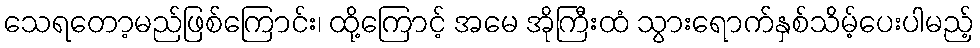
သေရတော့မည်ဖြစ်ကြောင်း၊ ထို့ကြောင့် အမေ အိုကြီးထံ သွားရောက်နှစ်သိမ့်ပေးပါမည့်